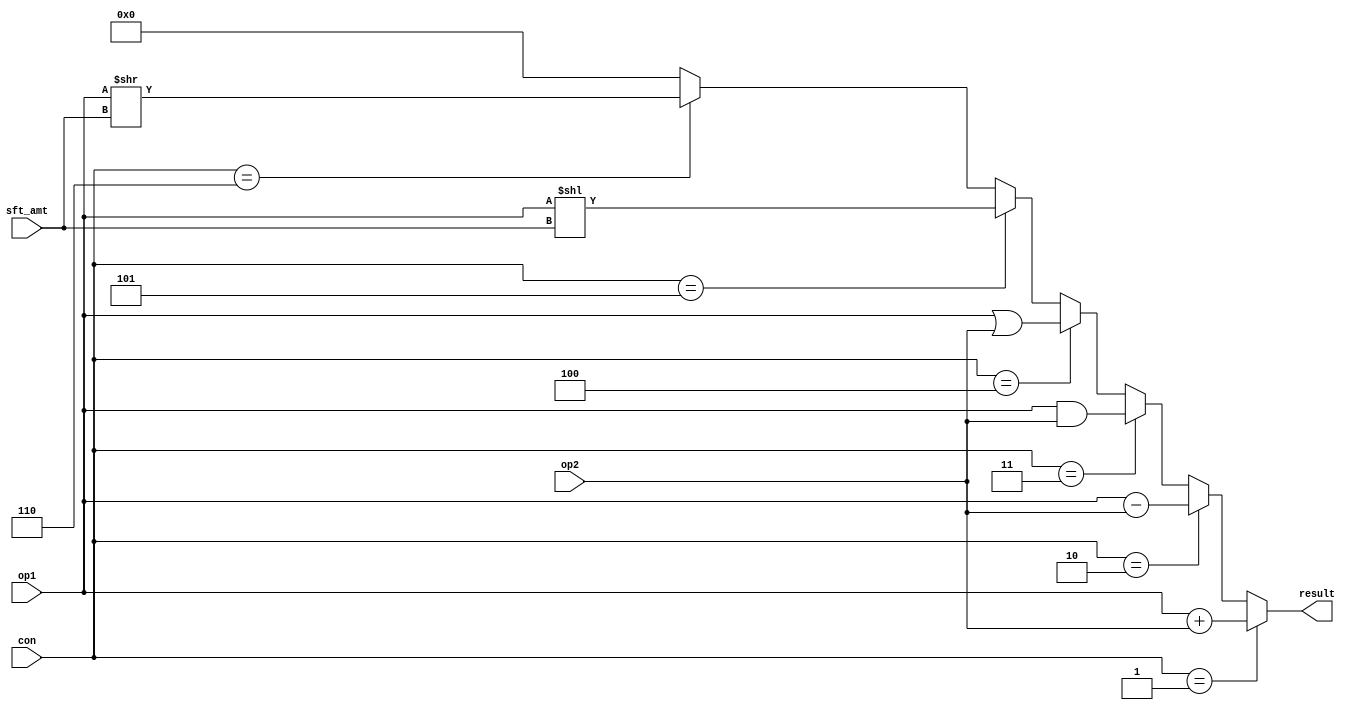
 
module ALU(con,op1,op2,sft_amt,result);
  
  input [31:0] op1,op2;
  input [2:0] con;
  input [4:0] sft_amt;
  output reg [31:0] result;
  
  
  always@(op1,op2,con)
  begin
    if(con==1)
      result= op1+op2;
      
    else if(con==2)
      result= op1-op2;
      
    else if(con==3)  
      result= op1&op2;
      
    else if(con==4) 
      result= op1|op2;
      
    else if(con==5) 
      result= op1<< sft_amt;
    
    else if(con==6) 
      result= op1>> sft_amt;
      
    else 
      result= 32'b0;  
      
  end    
endmodule